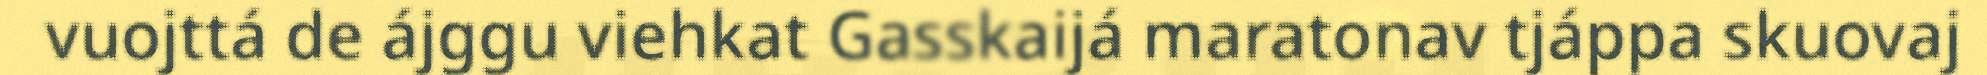
vuojttá de ájggu viehkat Gasskaijá maratonav tjáppa skuovaj